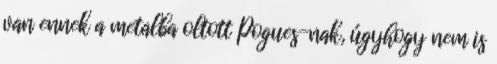
van ennek a metalba oltott Pogues-nak, úgyhogy nem is